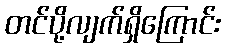
တင်ပို့လျက်ရှိကြောင်း